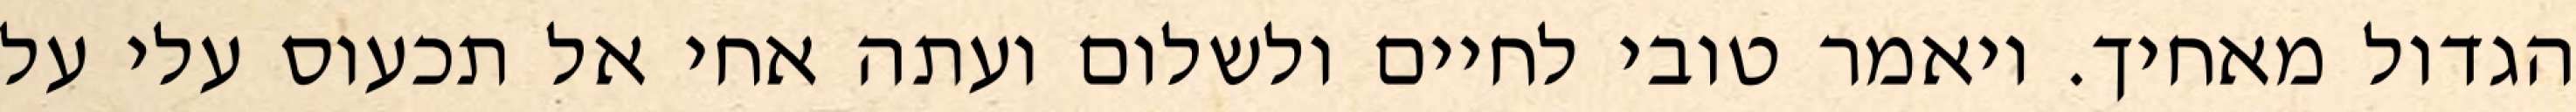
הגדול מאחיך. ויאמר טובי לחיים ולשלום ועתה אחי אל תכעוס עלי על